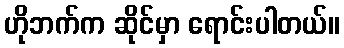
ဟိုဘက်က ဆိုင်မှာ ရောင်းပါတယ်။